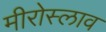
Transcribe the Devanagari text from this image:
मीरोस्लाव